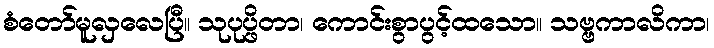
စံတော်မူလှလေပြီ။ သုပုပ္ဖိတာ၊ ကောင်းစွာပွင့်ထသော။ သဗ္ဗကာလိကာ၊